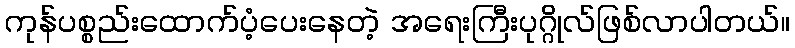
ကုန်ပစ္စည်းထောက်ပံ့ပေးနေတဲ့ အရေးကြီးပုဂ္ဂိုလ်ဖြစ်လာပါတယ်။